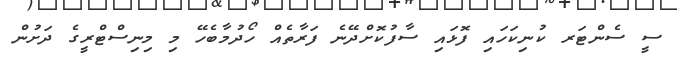
ސީ ސެންޓަރ ކުނިކަހައި ފޮޅައި ސާފުކޮށްދޭނެ ފަރާތެއް ހޯދުމާބެހޭ މި މިނިސްޓްރީގެ ދަށުން